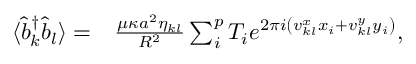
\begin{array} { r l } { \langle \hat { b } _ { k } ^ { \dagger } \hat { b } _ { l } \rangle = } & { { } \frac { \mu \kappa a ^ { 2 } \eta _ { k l } } { R ^ { 2 } } \sum _ { i } ^ { p } T _ { i } e ^ { 2 \pi i \left( v _ { k l } ^ { x } x _ { i } + v _ { k l } ^ { y } y _ { i } \right) } , } \end{array}